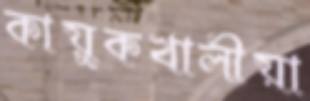
কায়ুকখালীয়া